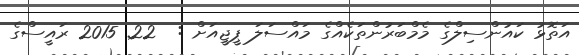
އަތޮޅު ކައުންސިލްގެ މެމްބަރުންތަކެއްގެ މައްސަލަ ޕީޖީއަށް :  22